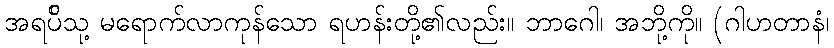
အရပ်ိသု့ မရောက်လာကုန်သော ရဟန်းတို့၏လည်း။ ဘာဂေါ၊ အဘို့ကို။ (ဂါဟတာနံ၊